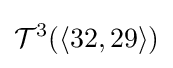
{\mathcal {T}}^{3}(\langle 32,29\rangle )